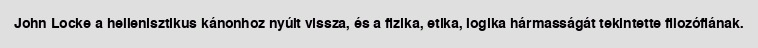
John Locke a hellenisztikus kánonhoz nyúlt vissza, és a fizika, etika, logika hármasságát tekintette filozófiának.